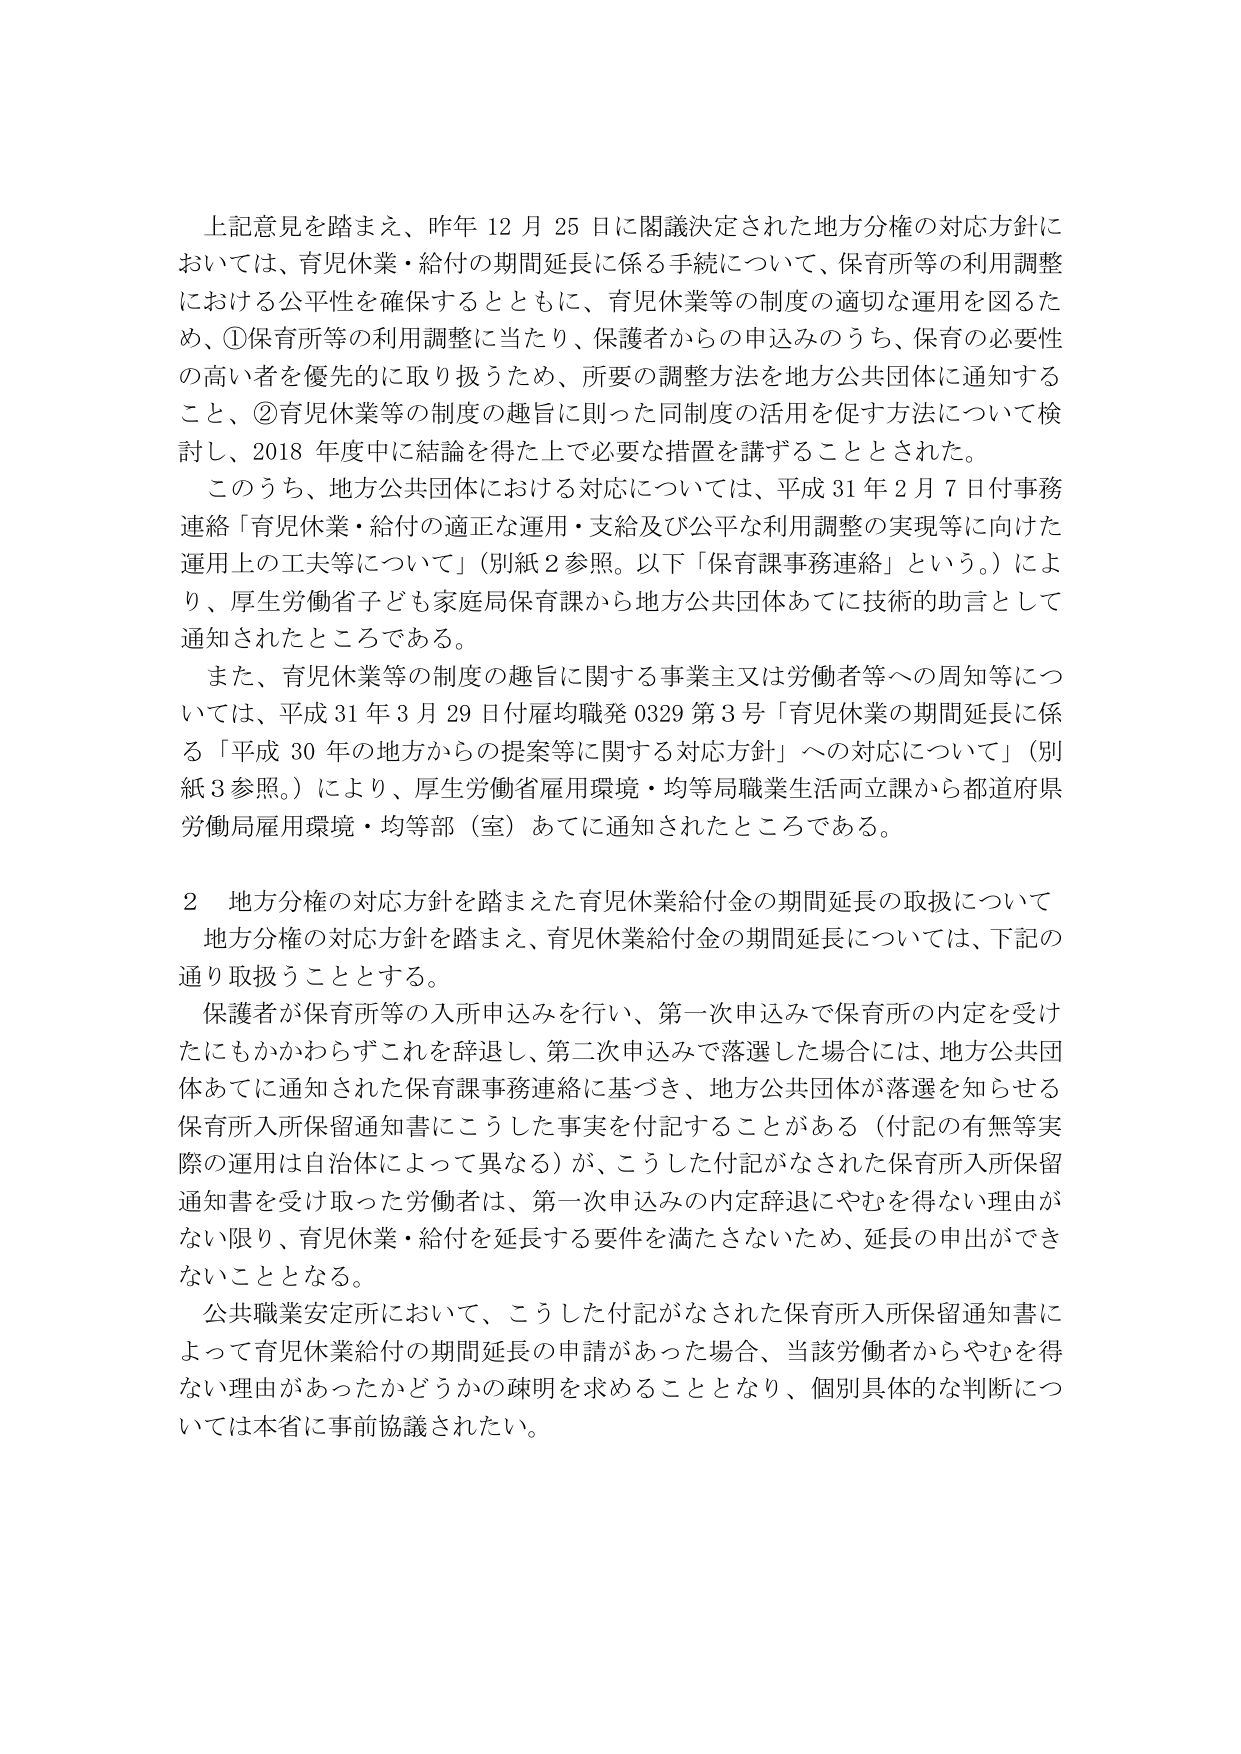
上記意見を踏まえ、昨年12月25日に閣議決定された地方分権の対応方針においては、育児休業・給付の期間延長に係る手続について、保育所等の利用調整における公平性を確保するとともに、育児休業等の制度の適切な運用を図るため、①保育所等の利用調整に当たり、保護者からの申込みのうち、保育の必要性の高い者を優先的に取り扱うため、所要の調整方法を地方公共団体に通知すること、②育児休業等の制度の趣旨に則った同制度の活用を促す方法について検討し、2018年度中に結論を得た上で必要な措置を講ずることとされた。

このうち、地方公共団体における対応については、平成31年2月7日付事務連絡「育児休業・給付の適正な運用・支給及び公平な利用調整の実現等に向けた運用上の工夫等について」（別紙2参照。以下「保育課事務連絡」という。）により、厚生労働省子ども家庭局保育課から地方公共団体あてに技術的助言として通知されたところである。

また、育児休業等の制度の趣旨に関する事業主又は労働者等への周知等については、平成31年3月29日付雇均職発0329第3号「育児休業の期間延長に係る『平成30年の地方からの提案等に関する対応方針』への対応について」（別紙3参照。）により、厚生労働省雇用環境・均等局職業生活両立課から都道府県労働局雇用環境・均等部（室）あてに通知されたところである。

2 地方分権の対応方針を踏まえた育児休業給付金の期間延長の取扱について

地方分権の対応方針を踏まえ、育児休業給付金の期間延長については、下記の通り取扱うこととする。

保護者が保育所等の入所申込みを行い、第一次申込みで保育所の内定を受けたにもかかわらずこれを辞退し、第二次申込みで落選した場合には、地方公共団体あてに通知された保育課事務連絡に基づき、地方公共団体が落選を知らせる保育所入所保留通知書にこうした事実を付記することがある（付記の有無等実際の運用は自治体によって異なる）が、こうした付記がなされた保育所入所保留通知書を受け取った労働者は、第一次申込みの内定辞退にやむを得ない理由がない限り、育児休業・給付を延長する要件を満たさないため、延長の申出ができないこととなる。

公共職業安定所において、こうした付記がなされた保育所入所保留通知書によって育児休業給付の期間延長の申請があった場合、当該労働者からやむを得ない理由があったかどうかの疎明を求めることとなり、個別具体的な判断については本省に事前協議されたい。